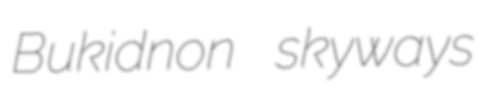
Bukidnon skyways